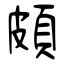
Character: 頗